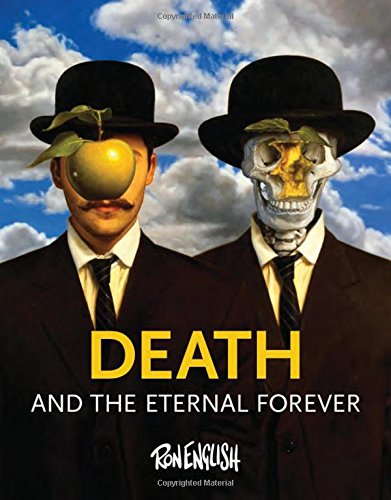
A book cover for Death and the Eternal Forever; Ron English; Arts & Photography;